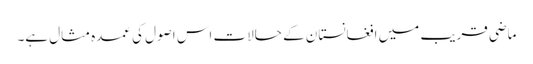
ماضی قریب میں افغانستان کے حالات اس اصول کی عمدہ مثال ہے۔